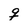
Character: q